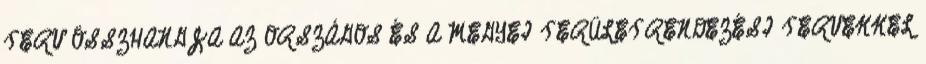
TERV ÖSSZHANGJA AZ ORSZÁGOS ÉS A MEGYEI TERÜLETRENDEZÉSI TERVEKKEL